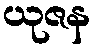
ယုဇန